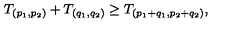
T _ { ( p _ { 1 } , p _ { 2 } ) } + T _ { ( q _ { 1 } , q _ { 2 } ) } \geq T _ { ( p _ { 1 } + q _ { 1 } , p _ { 2 } + q _ { 2 } ) } ,